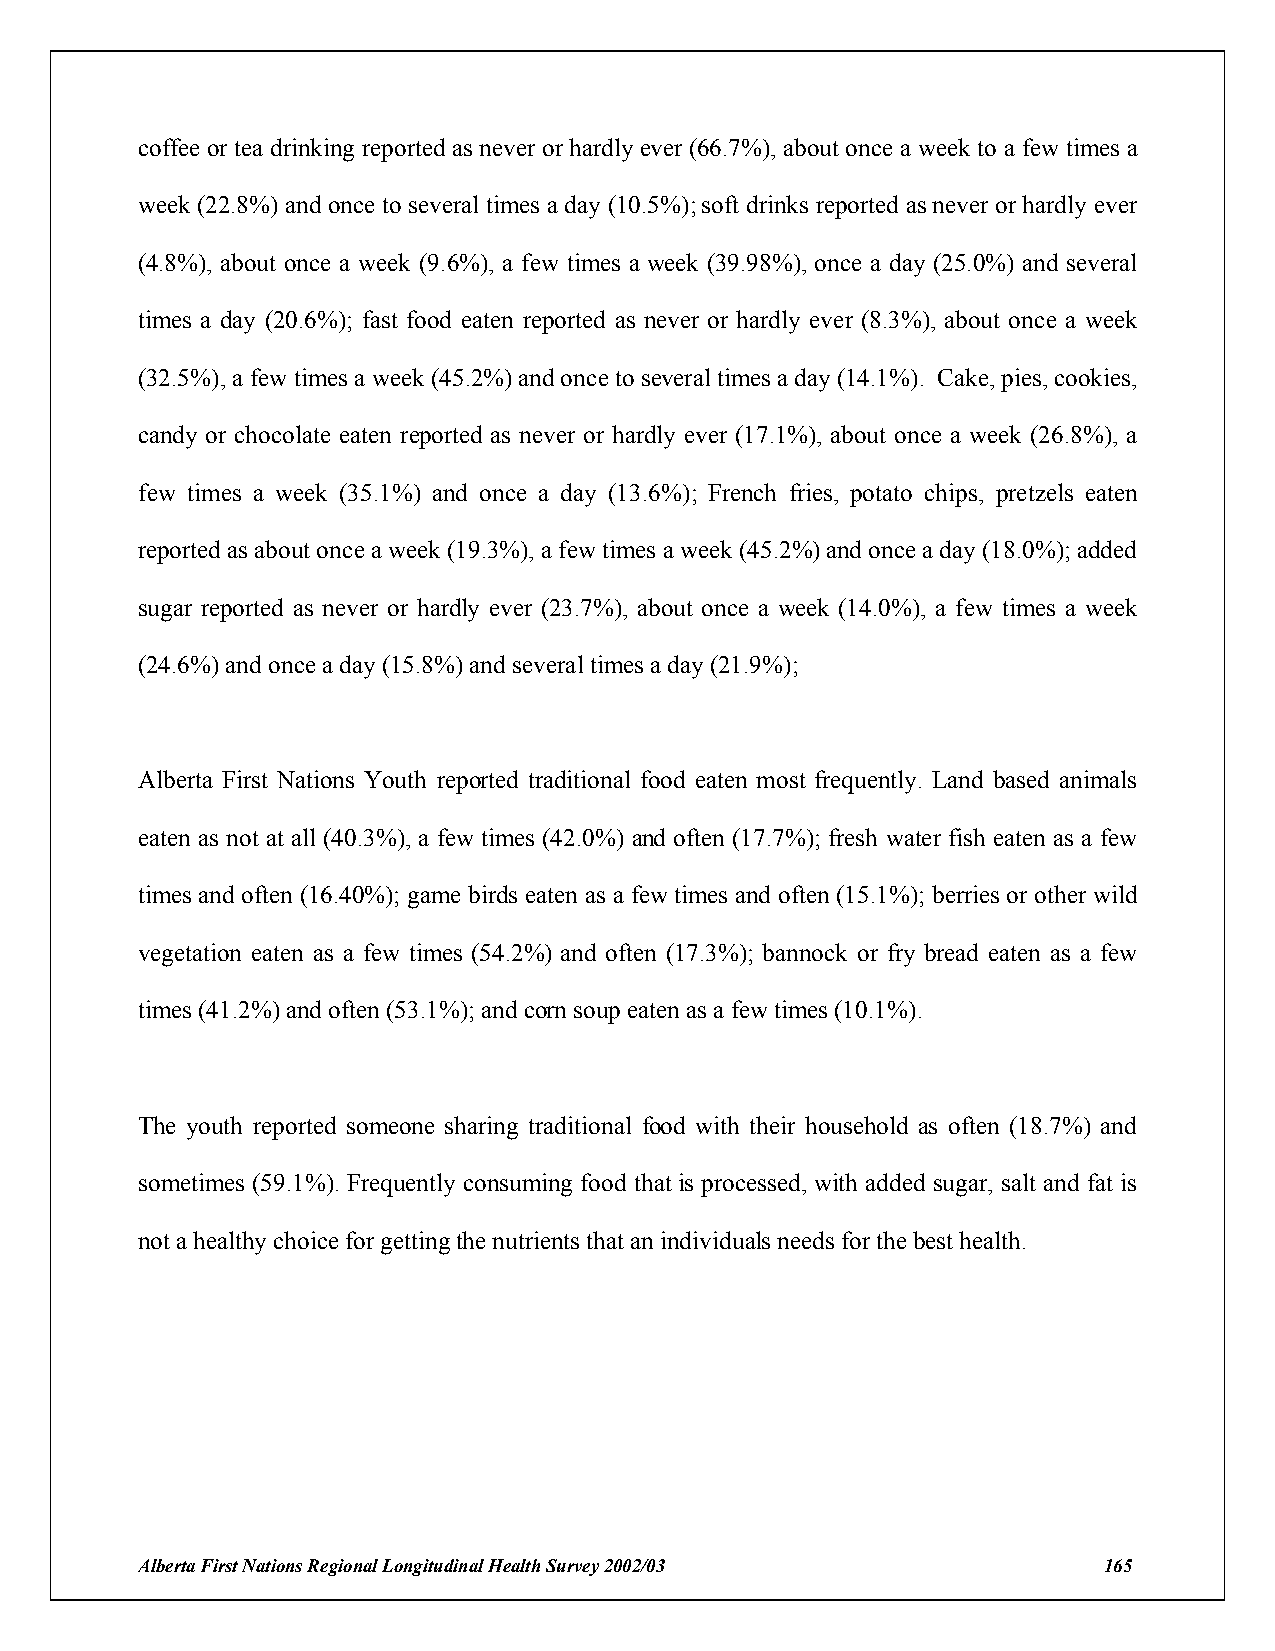
coffee or tea drinking reported as never or hardly ever (66.7%), about once a week to a few times a
 week (22.8%) and once to several times a day (10.5%); soft drinks reported as never or hardly ever
 (4.8%), about once a week (9.6%), a few times a week (39.98%), once a day (25.0%) and several
 times a day (20.6%); fast food eaten reported as never or hardly ever (8.3%), about once a week
 (32.5%), a few times a week (45.2%) and once to several times a day (14.1%). Cake, pies, cookies,
 candy or chocolate eaten reported as never or hardly ever (17.1%), about once a week (26.8%), a
 few times a week (35.1%) and once a day (13.6%); French fries, potato chips, pretzels eaten
 reported as about once a week (19.3%), a few times a week (45.2%) and once a day (18.0%); added
 sugar reported as never or hardly ever (23.7%), about once a week (14.0%), a few times a week
 (24.6%) and once a day (15.8%) and several times a day (21.9%);
 Alberta First Nations Youth reported traditional food eaten most frequently. Land based animals
 eaten as not at all (40.3%), a few times (42.0%) and often (17.7%); fresh water fish eaten as a few
 times and often (16.40%); game birds eaten as a few times and often (15.1%); berries or other wild
 vegetation eaten as a few times (54.2%) and often (17.3%); bannock or fry bread eaten as a few
 times (41.2%) and often (53.1%); and corn soup eaten as a few times (10.1%).
 The youth reported someone sharing traditional food with their household as often (18.7%) and
 sometimes (59.1%). Frequently consuming food that is processed, with added sugar, salt and fat is
 not a healthy choice for getting the nutrients that an individuals needs for the best health.
 Alberta First Nations Regional Longitudinal Health Survey 2002/03 165